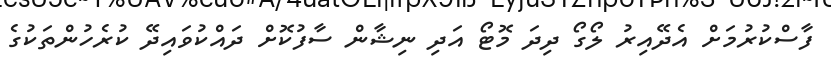
ފާސްކުރުމަށް އެދޭއިރު ލޯގޯ ދިދަ މޮޓޯ އަދި ނިޝާން ސާފުކޮށް ދައްކުވައިދޭ ކުރެހުންތަކުގެ